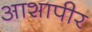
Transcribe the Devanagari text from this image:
आशापीर